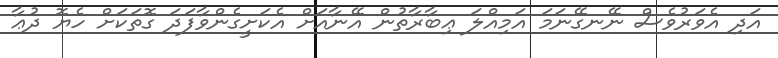
އަދި އެވަރުވެސް ނޭނގޭނަމަ އަމިއްލަ ޢިބާރާތުން އޭނާއަށް އެކަށީގެންވާފަދަ ގޮތަކަށް ހެޔޮ ދުޢާ